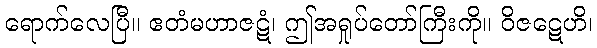
ရောက်လေပြီ။ ဧတံမဟာဇဋံ၊ ဤအရှုပ်တော်ကြီးကို။ ဝိဇဋေဟိ၊